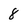
Character: 8